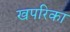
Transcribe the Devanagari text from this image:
खपरिका